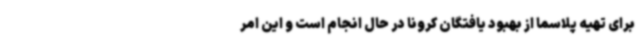
برای تهیه پلاسما از بهبود یافتگان کرونا در حال انجام است و این امر